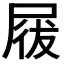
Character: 𡲁